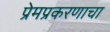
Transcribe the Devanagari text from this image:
प्रेमप्रकरणाचा